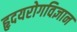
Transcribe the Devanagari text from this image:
हृदयरोगविज्ञान